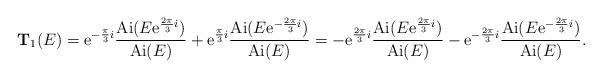
LaTeX: \begin{align*}{\mathbf T}_1(E) ={\rm e}^{-\frac{\pi}{3}i} \frac{ {\rm Ai}(E {\rm e}^{\frac{2\pi}{3}i})}{{\rm Ai}(E)}+ {\rm e}^{\frac{\pi}{3}i} \frac{ {\rm Ai}(E {\rm e}^{-\frac{2\pi}{3}i})}{{\rm Ai}(E)}=- {\rm e}^{\frac{2\pi}{3}i} \frac{ {\rm Ai}(E {\rm e}^{\frac{2\pi}{3}i})}{{\rm Ai}(E)}- {\rm e}^{-\frac{2\pi}{3}i} \frac{ {\rm Ai}(E {\rm e}^{-\frac{2\pi}{3}i})}{{\rm Ai}(E)}.\end{align*}